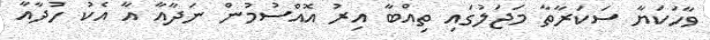
ވާހަކަޔާ ސަކަރާތާ މަޖަލުގައި ތިއްބާ އިރު އޮއްސުމުން ނަދާއާ އާ އެކު ހުދާއާ